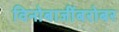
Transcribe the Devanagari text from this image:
विनोबाजींबरोबर